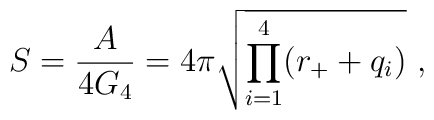
S= {A\over{4G_4}}=4\pi \sqrt{\prod_{i=1}^4 (r_++q_i)}\ ,